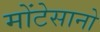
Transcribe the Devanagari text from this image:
मोंटेसानो